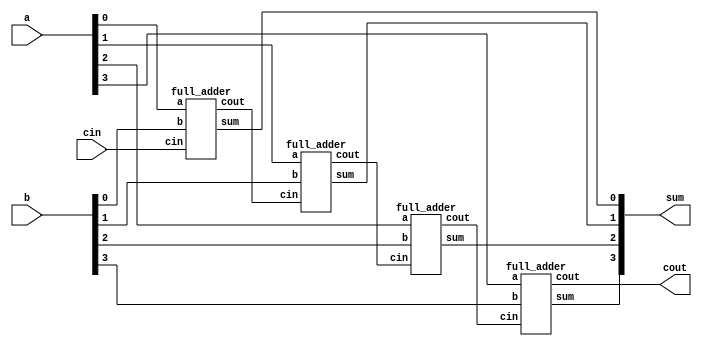
module four_bit_adder(
    input [3:0] a, b,     // 4-bit inputs
    input cin,            // Carry input
    output [3:0] sum,     // 4-bit sum
    output cout           // Carry output
);

    // Intermediate carry signals
    wire c1, c2, c3;

    // Instantiate four full adders
    full_adder fa0(.a(a[0]), .b(b[0]), .cin(cin), .sum(sum[0]), .cout(c1));
    full_adder fa1(.a(a[1]), .b(b[1]), .cin(c1), .sum(sum[1]), .cout(c2));
    full_adder fa2(.a(a[2]), .b(b[2]), .cin(c2), .sum(sum[2]), .cout(c3));
    full_adder fa3(.a(a[3]), .b(b[3]), .cin(c3), .sum(sum[3]), .cout(cout));

endmodule

module full_adder(
    input a, b, cin,      // Inputs
    output sum, cout      // Outputs
);

    assign sum = a ^ b ^ cin;         // Sum bit
    assign cout = (a & b) | (b & cin) | (a & cin);  // Carry bit

endmodule